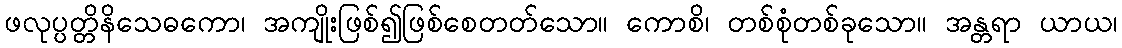
ဖလုပ္ပတ္တိနိသေဓကော၊ အကျိုးဖြစ်၍ဖြစ်စေတတ်သော။ ကောစိ၊ တစ်စုံတစ်ခုသော။ အန္တရာ ယာယ၊